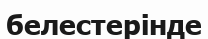
белестерінде